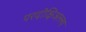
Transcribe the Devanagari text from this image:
परदोक्षिअल्ल्य